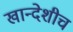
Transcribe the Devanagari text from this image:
खान्देशीच